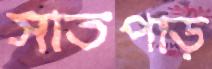
সাতপাড়